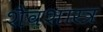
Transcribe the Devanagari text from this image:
शैवशास्त्र